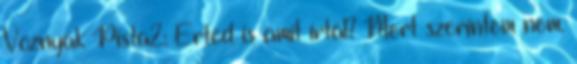
Voznyák Pista2: Érted is amit írtál? Mert szerintem nem.